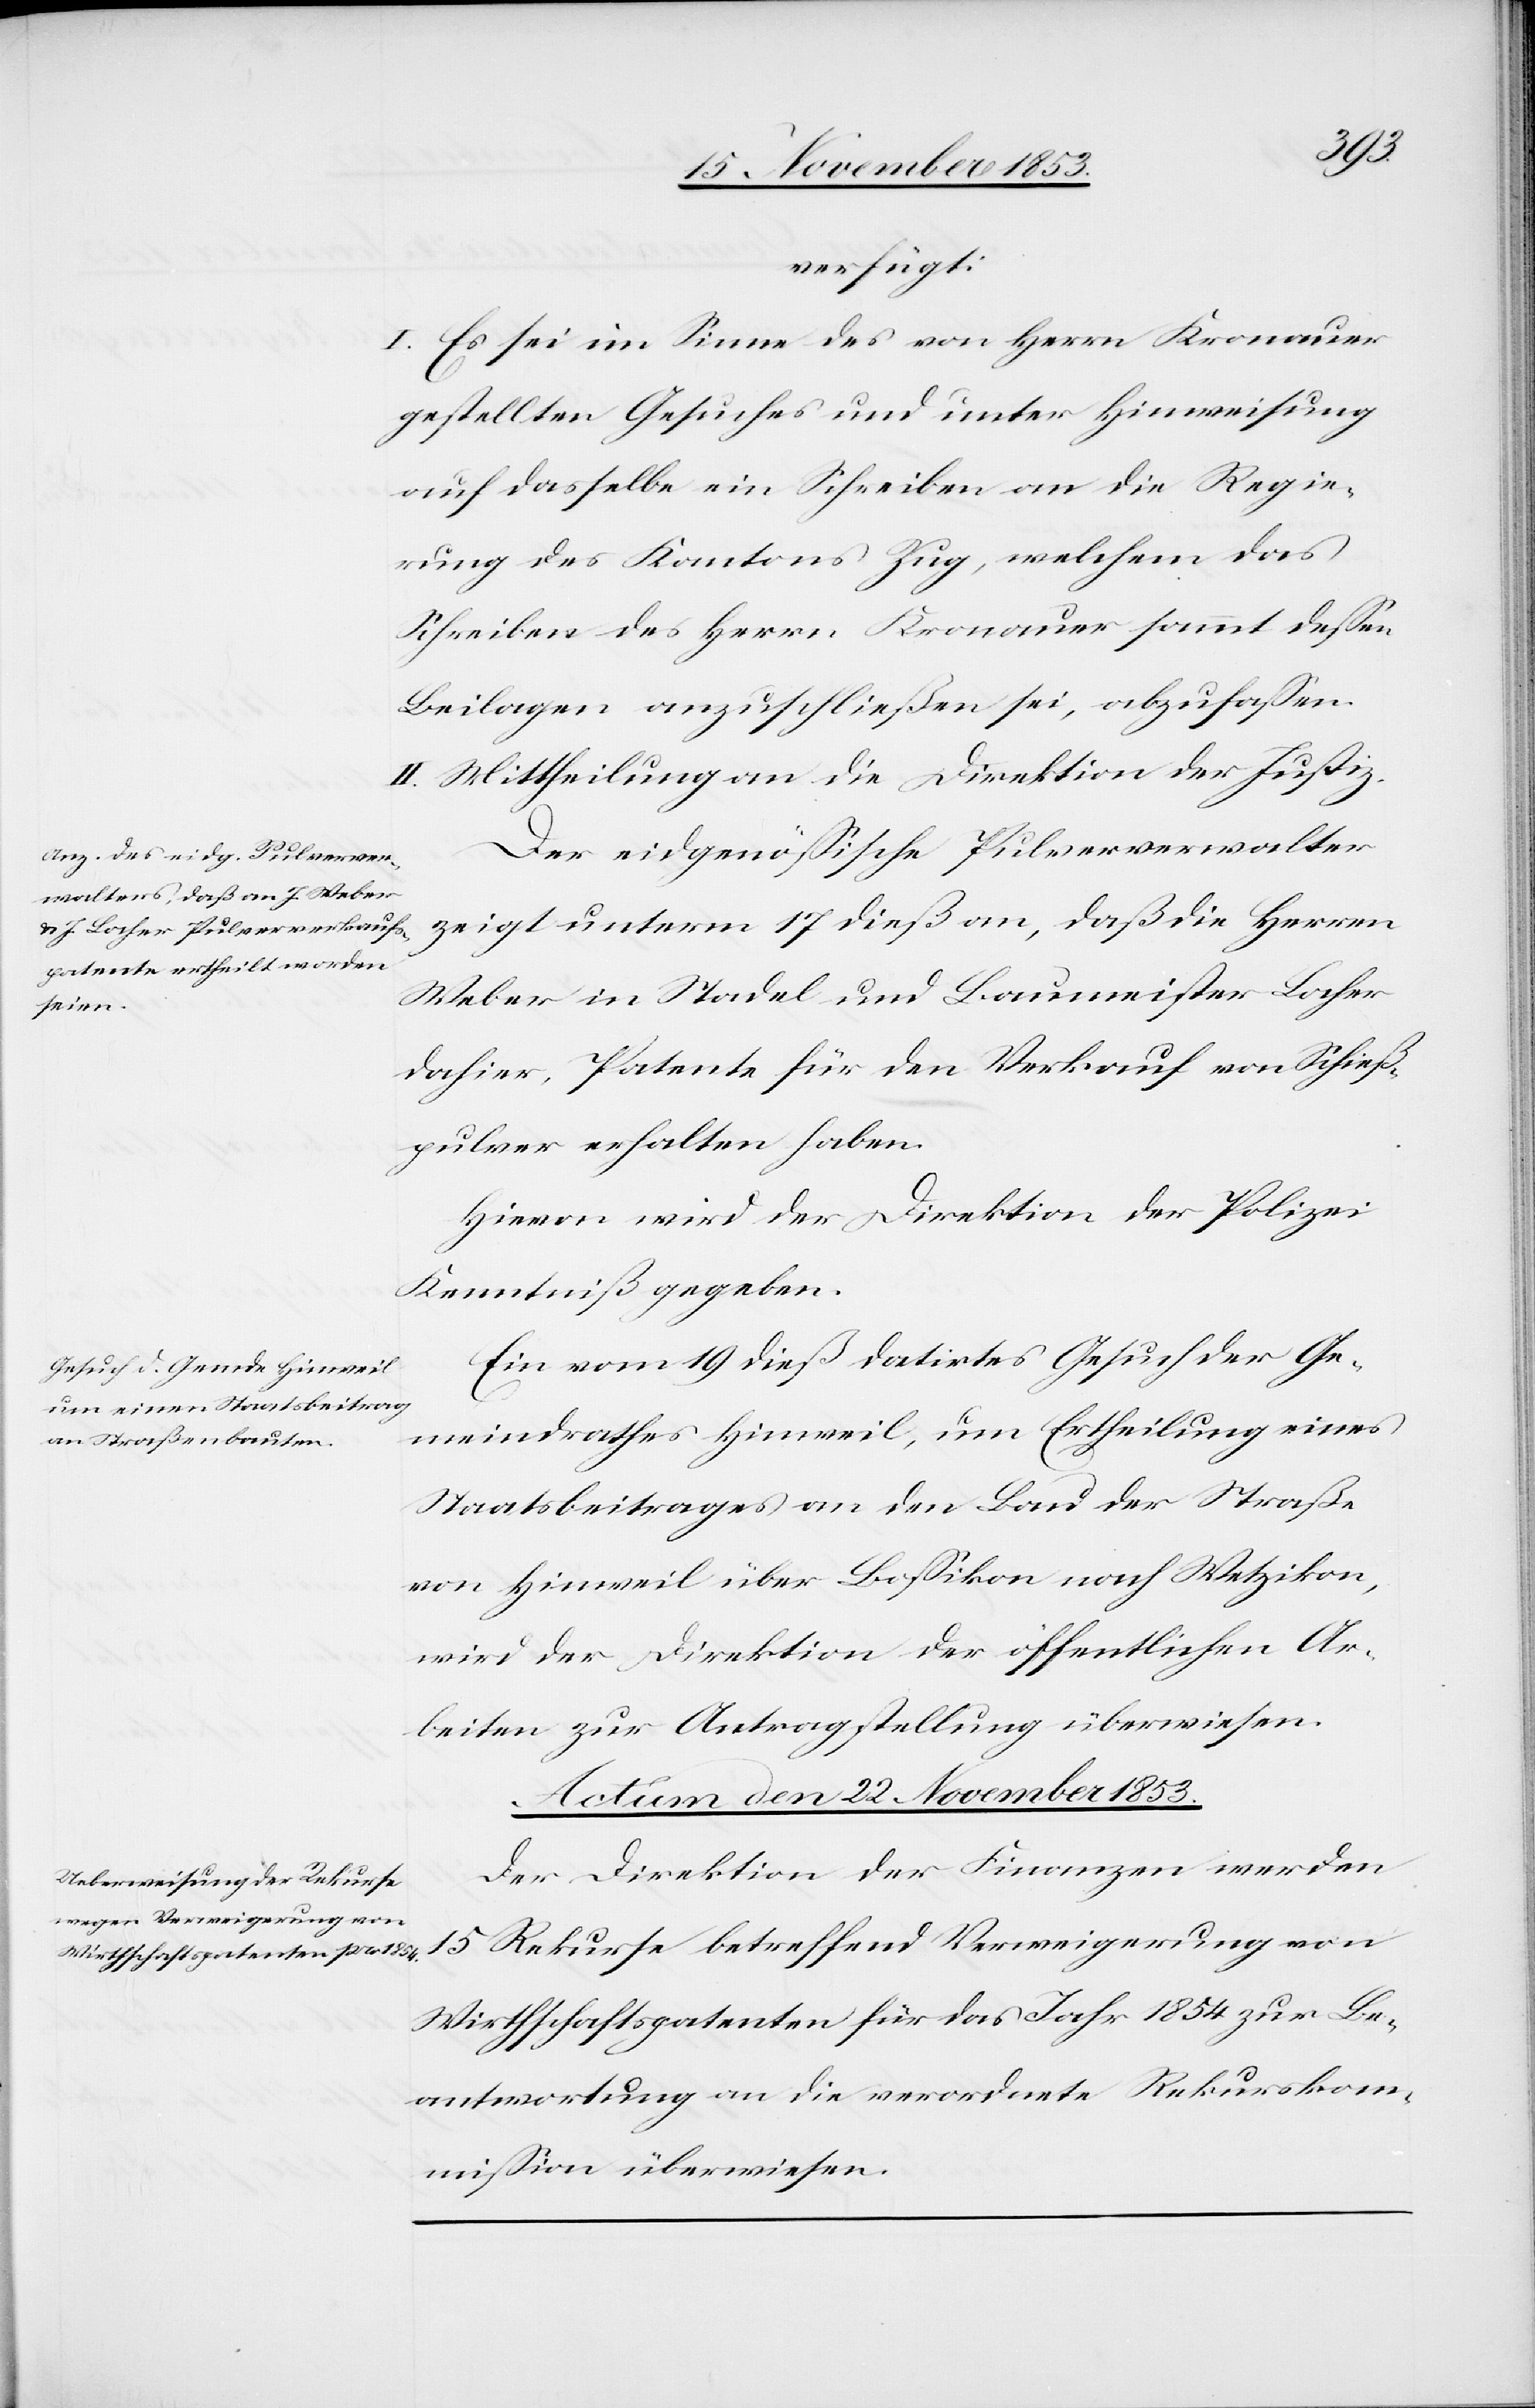
Ge¬
verfügt:
I. Es sei im Sinne des von Herrn Kronauer
gestellten Gesuches und unter Hinweisung
auf dasselbe ein Schreiben an die Regie¬
rung des Kantons Zug, welchem das
Schreiben des Herrn Kronauer sammt deßen
Beilagen anzuschließen sei, abzufaßen.
II. Mittheilung an die Direktion der Justiz.
Der eidgenößische Pulververwalter
zeigt unterm 17 dieß an, daß die Herren
Weber in Stadel und Baumeister Locher
dahier, Patente für den Verkauf von Schieß¬
pulver erhalten haben.
Hievon wird der Direktion der Polizei
Kenntniß gegeben.
Ein vom 19 dieß datirtes Gesuch der [s¬
meindrathes Hinweil, um Ertheilung eines
Staatsbeitrages an den Bau der Straße
von Hinweil über Boßikon nach Wetzikon,
wird der Direktion der öffentlichen Ar¬
beiten zur Antragstellung überwiesen.
Actum den 22 November 1853.
Der Direktion der Finanzen werden
15 Rekurse betreffend Verweigerung von
Wirthschaftspatenten für das Jahr 1854 zur Be¬
antwortung an die verordnete Rekurskom¬
mißion überwiesen.